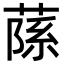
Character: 𦶽